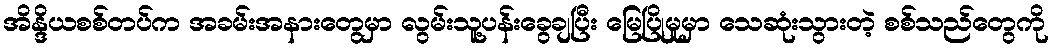
အိန္ဒိယစစ်တပ်က အခမ်းအနားတွေမှာ လွမ်းသူ့ပန်းခွေချပြီး မြေပြိုမှုမှာ သေဆုံးသွားတဲ့ စစ်သည်တွေကို